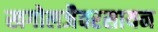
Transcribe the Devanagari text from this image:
खगोलजैवरसायन